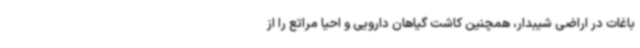
باغات در اراضی شیبدار، همچنین کاشت گیاهان دارویی و احیا مراتع را از